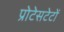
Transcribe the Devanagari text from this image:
प्रोटेसटेटों